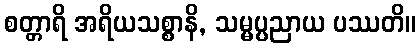
စတ္တာရိ အရိယသစ္စာနိ, သမ္မပ္ပညာယ ပဿတိ။